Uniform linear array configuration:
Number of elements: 48
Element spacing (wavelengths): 0.75
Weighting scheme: uniform
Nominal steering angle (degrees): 30
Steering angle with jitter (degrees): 31.859
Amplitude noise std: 0.05
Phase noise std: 0.05

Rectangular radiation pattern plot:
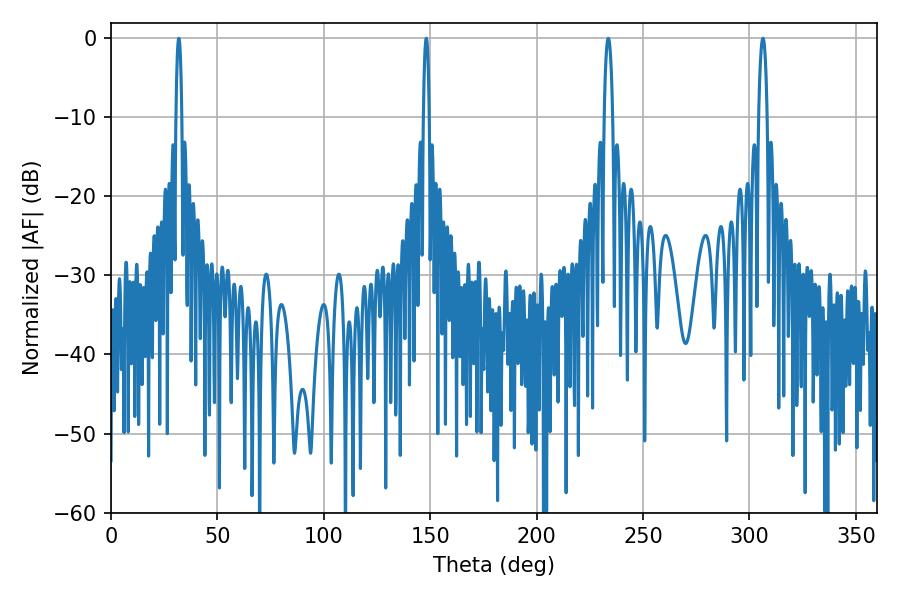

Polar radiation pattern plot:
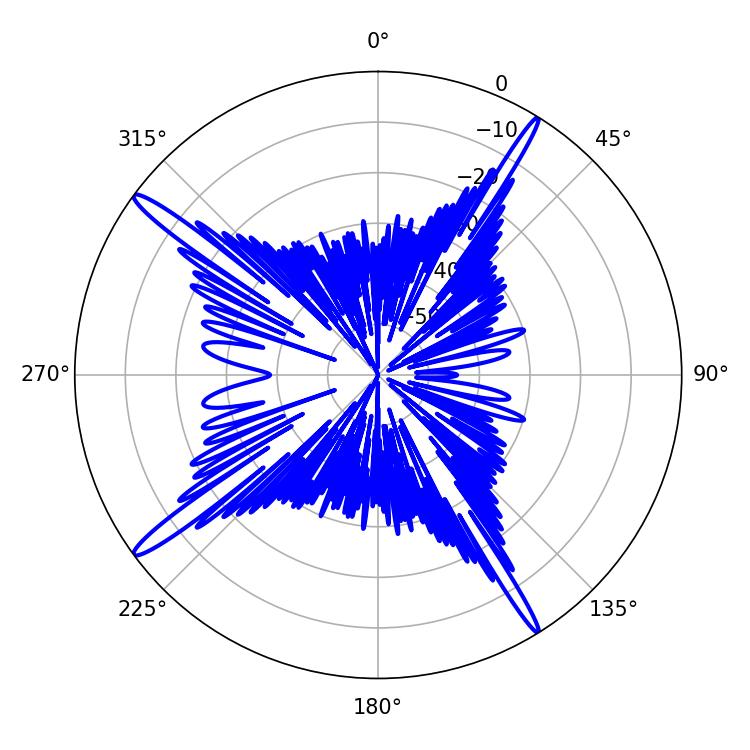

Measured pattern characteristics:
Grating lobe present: TRUE
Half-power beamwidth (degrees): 1.44
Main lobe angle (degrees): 31.86